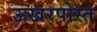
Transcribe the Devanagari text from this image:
ऊखरपोस्त